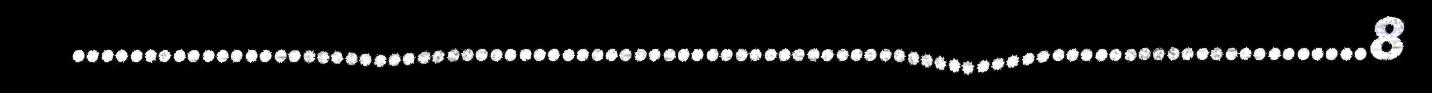
..........................................................................................8